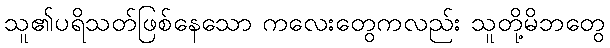
သူ၏ပရိသတ်ဖြစ်နေသော ကလေးတွေကလည်း သူတို့မိဘတွေ